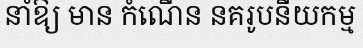
នាំឱ្យ មាន កំណើន នគរូបនីយកម្ម